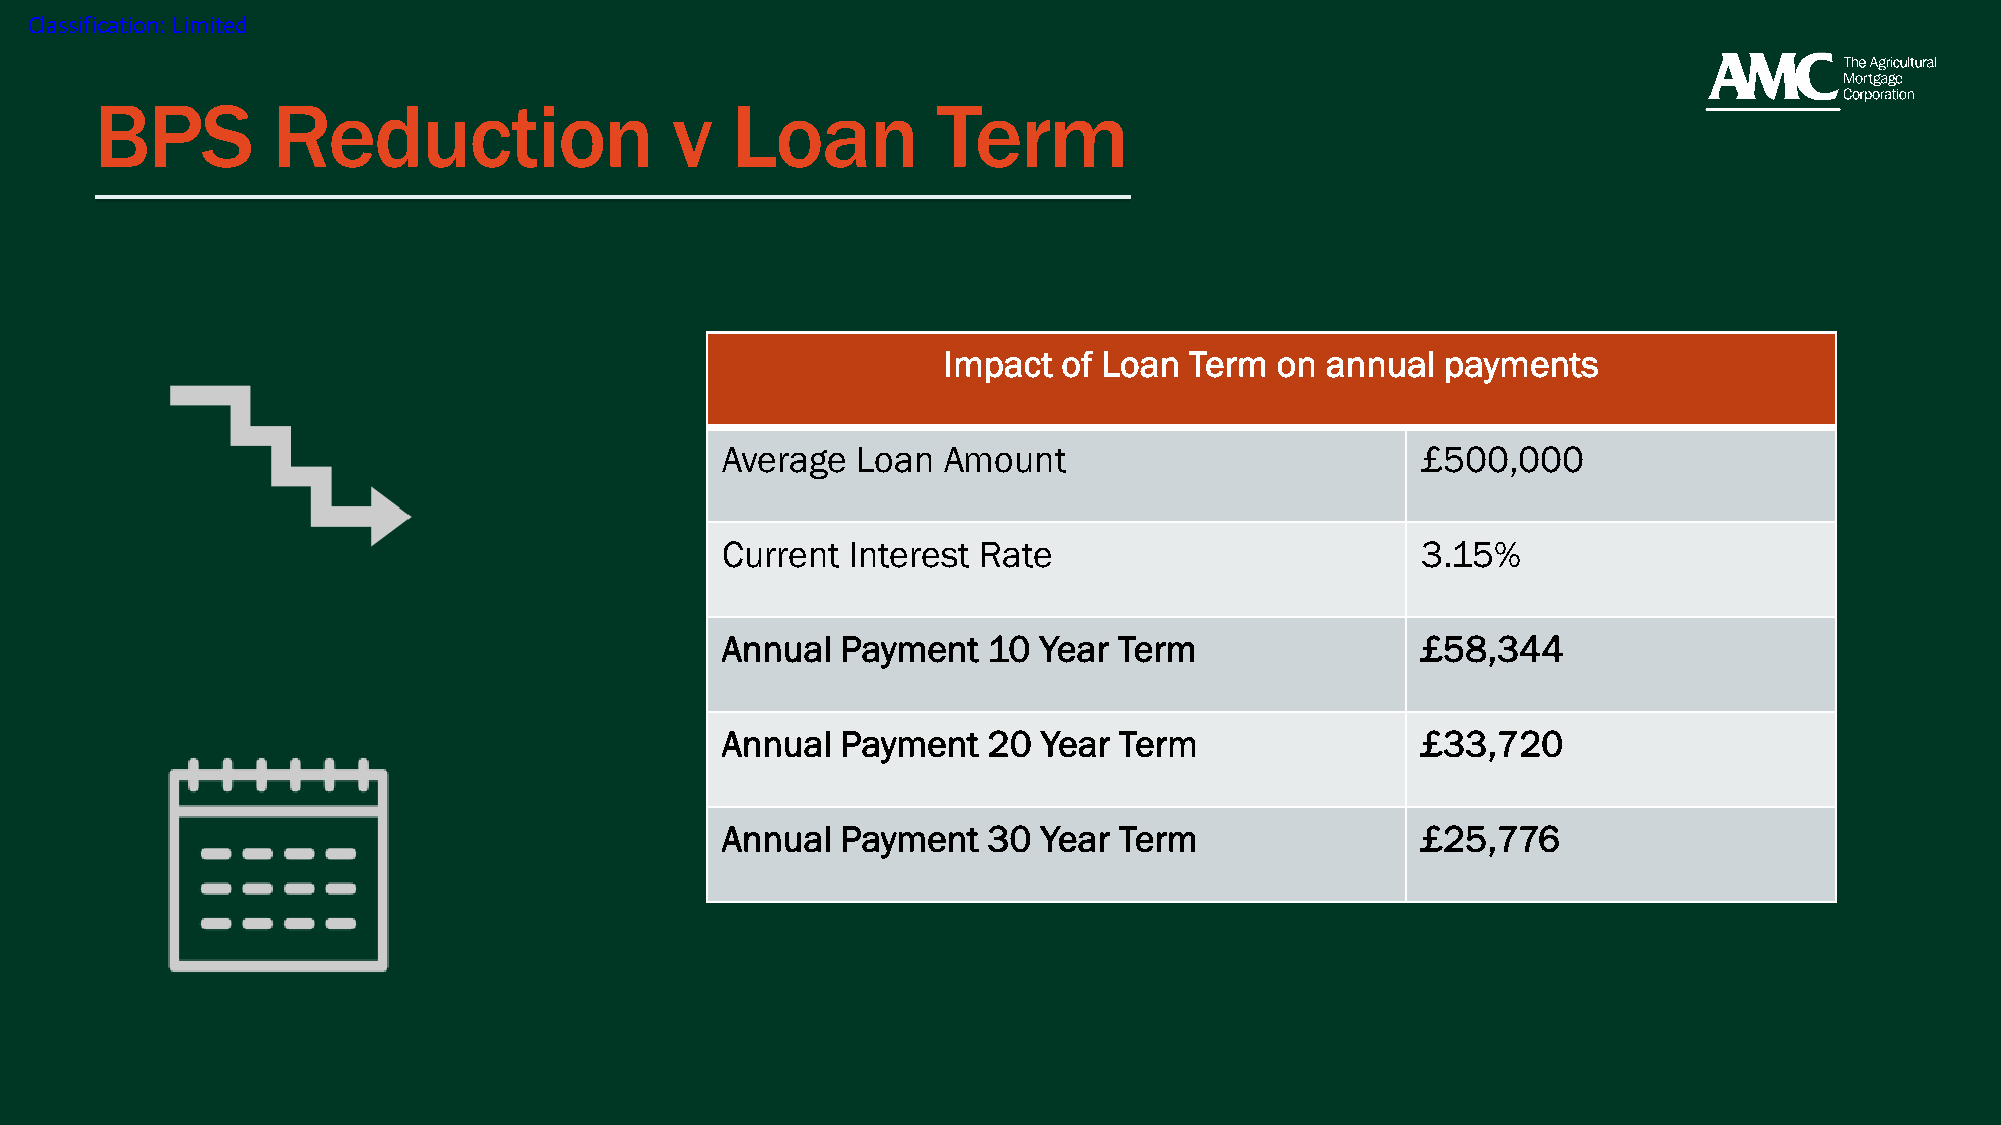
Classification: Limited
 BPS         Reduction                 v   Loan          Term
 Impact  of Loan  Term on  annual  payments
 Average  Loan Amount                          £500,000
 Current Interest Rate                         3.15%
 Annual  Payment  10  Year Term                £58,344
 Annual  Payment  20  Year Term                £33,720
 Annual  Payment  30  Year Term                £25,776